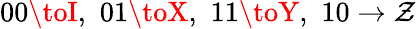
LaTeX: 00\toI,\, \, 01\toX,\, \, 11\toY,\, \, 10\to\mathcal{Z}